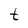
Character: t